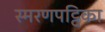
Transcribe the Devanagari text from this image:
स्मरणपट्टिका